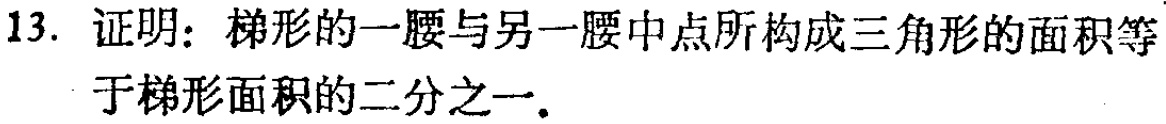
13. 证明：梯形的一腰与另一腰中点所构成三角形的面积等于梯形面积的二分之一．